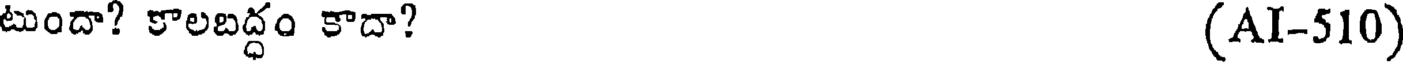
టుందా? కాలబద్ధం కాదా? (AI-510)